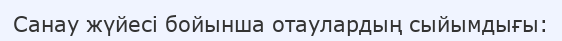
Санау жүйесі бойынша отаулардың сыйымдығы: